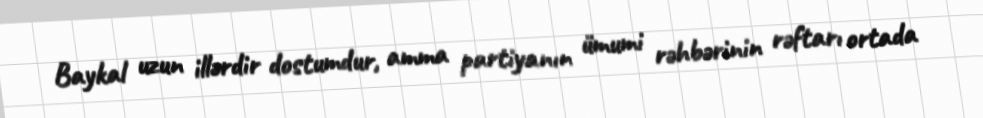
Baykal uzun illərdir dostumdur, amma partiyanın ümumi rəhbərinin rəftarı ortada